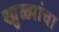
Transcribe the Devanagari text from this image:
खुळ्यांचा